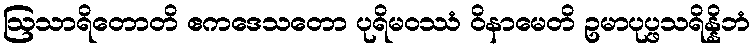
ဩသာရိတောတိ ဧကဒေသတော ပုရိမဝဿံ ဝိနာမေတိ ဥမာပုပ္ဖသရိန္နိဘံ